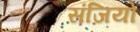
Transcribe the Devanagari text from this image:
संजियो